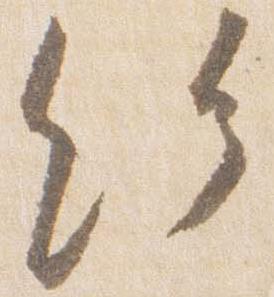
給